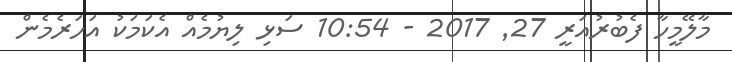
މާލޭމީހާ ފެބުރުއަރީ 27